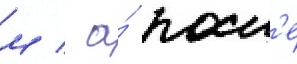
м / а́ посл'е